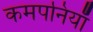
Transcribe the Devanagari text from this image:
कमपनियाँ